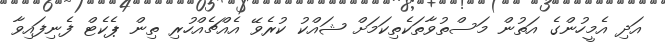
އަދި އެމީހުންގެ އަތުން މަސްތުވާތަކެތިކަމަށް ޝައްކު ކުރެވޭ އެއްޗެއްހުރި ތިން ޕެކެޓް ފެނިފައިވާ